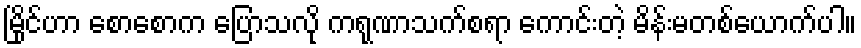
မြိုင်ဟာ စောစောက ပြောသလို ကရုဏာသက်စရာ ကောင်းတဲ့ မိန်းမတစ်ယောက်ပါ။